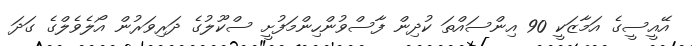
އޭއީސީގެ އަމާޒަކީ 90 އިންސައްތަ ކުދިން ފާސްވުންހިންމަފުށީ ސްކޫލުގެ ދަރިވަރުން އޯލެވެލްގެ ގަދަ